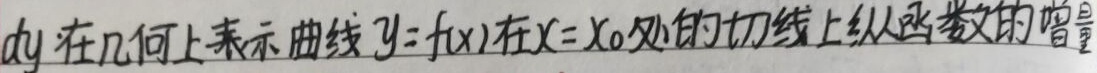
\(dy\)在几何上表示曲线\(y = f(x)\)在\(x = x_0\)处的切线上纵坐标的增量。